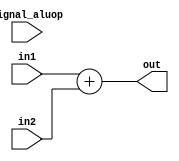
`timescale 1ns / 1ps

module adder(
    input [7:0] in1,
    input [7:0] in2,
    output [7:0] out,
    input signal_aluop
);
    // only need add
    assign out = in1 + in2;

endmodule